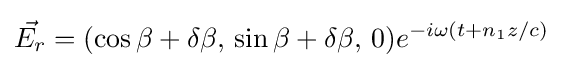
{\vec {E_{r}}}=(\cos \beta +\delta \beta ,\,\sin \beta +\delta \beta ,\,0)e^{-i\omega (t+n_{1}z/c)}